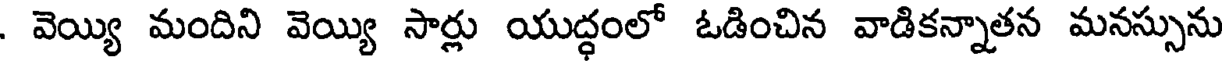
. వెయ్యి మందిని వెయ్యి సార్లు యుద్ధంలో ఓడించిన వాడికన్నాతన మనస్సును